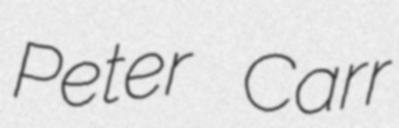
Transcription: Peter Carr